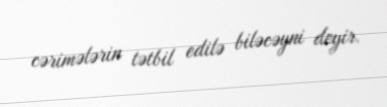
cərimələrin tətbil edilə biləcəyni deyir.